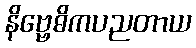
နိဗ္ဗေဓိကပညတာယ